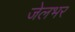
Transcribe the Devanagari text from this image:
जेलभर